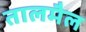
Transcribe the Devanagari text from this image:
तालमैल